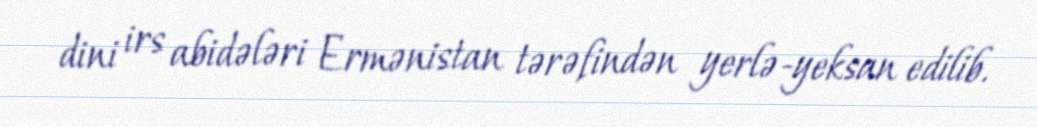
dini irs abidələri Ermənistan tərəfindən yerlə-yeksan edilib.